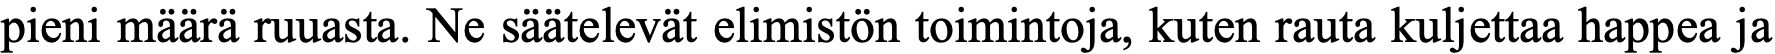
pieni määrä ruuasta. Ne säätelevät elimistön toimintoja, kuten rauta kuljettaa happea ja